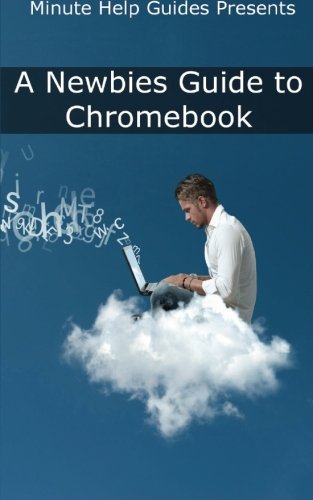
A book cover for A Newbies Guide to Chromebook: A Beginners Guide to Chrome OS and Cloud Computing; Minute Help Guides; Computers & Technology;